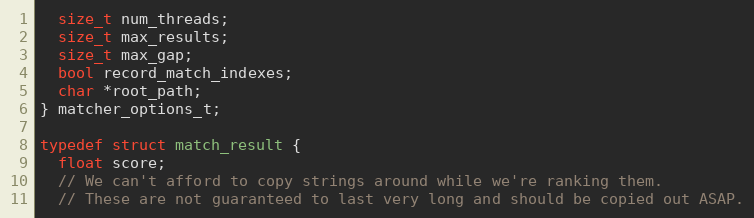
Language: C
  size_t num_threads;
  size_t max_results;
  size_t max_gap;
  bool record_match_indexes;
  char *root_path;
} matcher_options_t;

typedef struct match_result {
  float score;
  // We can't afford to copy strings around while we're ranking them.
  // These are not guaranteed to last very long and should be copied out ASAP.